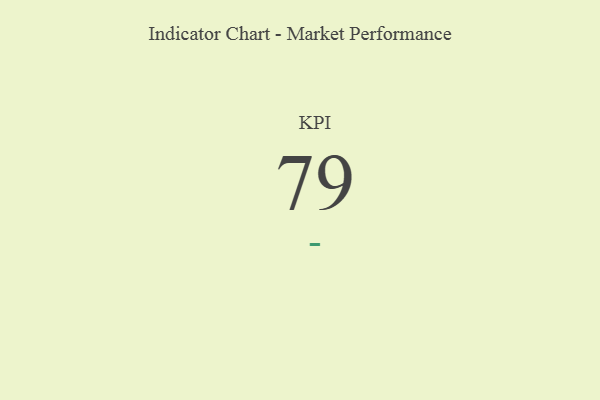
{"axis": {"x": "KPI", "y": "Value"}, "legend": [""], "data": [{"x": "KPI", "y": 79, "type": ""}]}